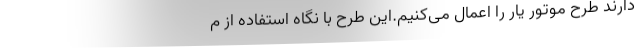
دارند طرح موتور یار را اعمال می‌کنیم.این طرح با نگاه استفاده از م